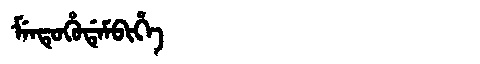
Manchu: ᠮᡝᠨᡨᡠᡥᡠᡩᡝᠮᠪᡳᡥᡝ
Romanization: MENTUHUDEMBIHE